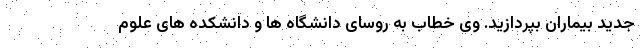
جدید بیماران بپردازید. وی خطاب به روسای دانشگاه ها و دانشکده های علوم